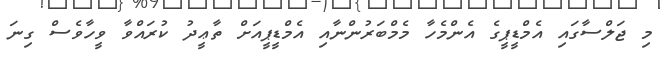
މި ޖަލްސާގައި އެމްޑީޕީގެ އެންމެހާ މެމްބަރުންނާއި އެމްޑީޕީއަށް ތާޢީދު ކުރައްވާ ވީހާވެސް ގިނަ